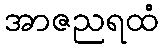
အာဇညရထံ